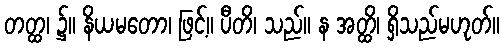
တတ္ထ၊ ၌။ နိယမတော၊ ဖြင့်။ ပီတိ၊ သည်။ န အတ္ထိ၊ ရှိသည်မဟုတ်။